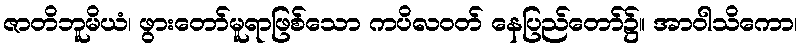
ဇာတိဘူမိယံ၊ ဖွားတော်မူရာဖြစ်သော ကပိလဝတ် နေပြည်တော်၌။ အာဝါသိကော၊